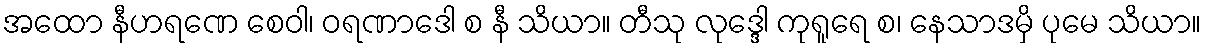
အထော နီဟရဏေ စေဝါ၊ ဝရဏာဒေါ စ နီ သိယာ။ တီသု လုဒ္ဒေါ ကုရူရေ စ၊ နေသာဒမှိ ပုမေ သိယာ။